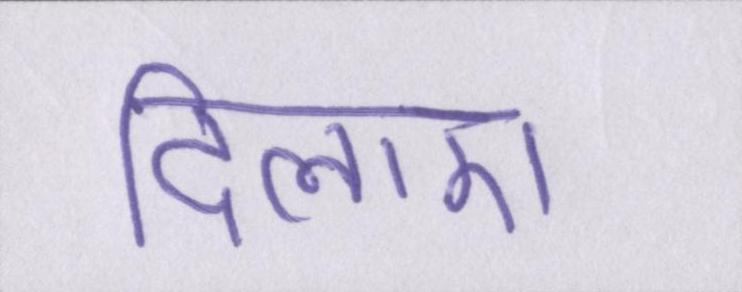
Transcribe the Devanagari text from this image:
दिलाए